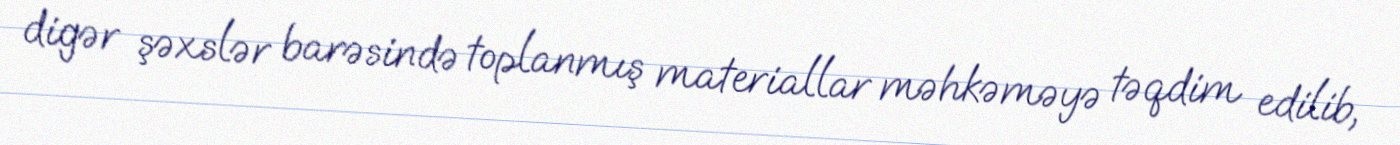
digər şəxslər barəsində toplanmış materiallar məhkəməyə təqdim edilib,